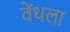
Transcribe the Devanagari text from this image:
वेंथला